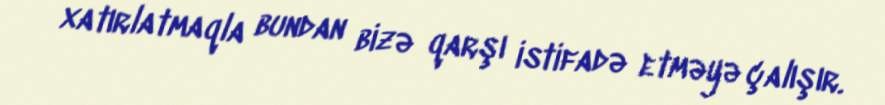
xatırlatmaqla bundan bizə qarşı istifadə etməyə çalışır.